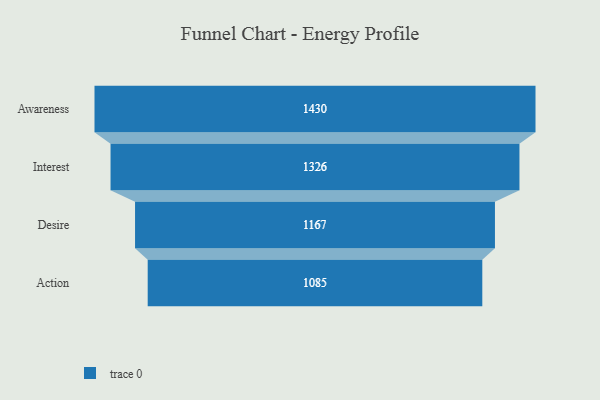
{"axis": {"x": "Stage", "y": "Value"}, "legend": [""], "data": [{"x": "Awareness", "y": 1430.0, "type": ""}, {"x": "Interest", "y": 1326.0, "type": ""}, {"x": "Desire", "y": 1167.0, "type": ""}, {"x": "Action", "y": 1085.0, "type": ""}]}